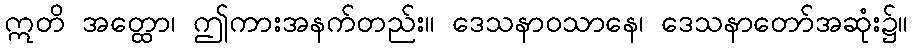
ဣတိ အတ္ထော၊ ဤကားအနက်တည်း။ ဒေသနာဝသာနေ၊ ဒေသနာတော်အဆုံး၌။